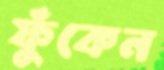
ফুঁকেন